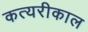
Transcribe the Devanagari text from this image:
कत्यरीकाल